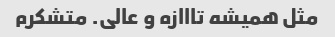
مثل همیشه تااازه و عالی. متشکرم